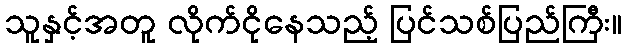
သူနှင့်အတူ လိုက်ငိုနေသည့် ပြင်သစ်ပြည်ကြီး။